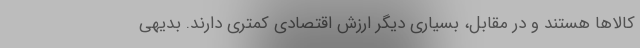
کالاها هستند و در مقابل، بسیاری دیگر ارزش اقتصادی کمتری دارند. بدیهی